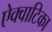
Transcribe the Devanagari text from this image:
ऐक्वाटिका